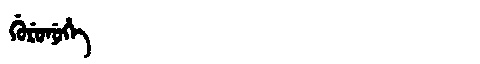
Manchu: ᡤᡠᡵᡠᠨᡠᡥᡝ
Romanization: GURUNUHE